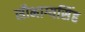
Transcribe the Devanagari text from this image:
सौभाग्यसिंह